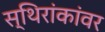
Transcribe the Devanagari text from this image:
स्थिरांकांवर